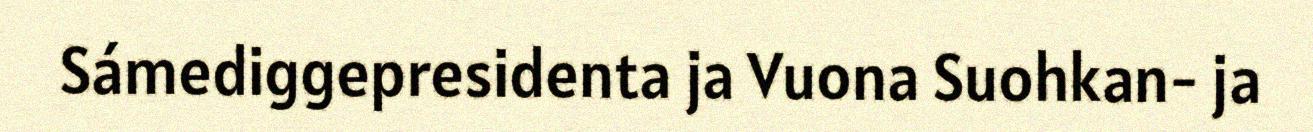
Sámediggepresidenta ja Vuona Suohkan- ja